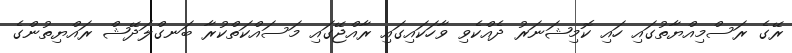
ރޭގެ ރަސްމިއްޔާތުގައި ހައި ކޮމިޝަނަރު ދެއްކެވި ވާހަކައިގައި ރާއްޖޭގައި މަސައްކަތްކުރާ ބަނގްލަދޭޝް ރައްޔިތުންގެ